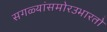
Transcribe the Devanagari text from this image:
सगळ्यांसमोरउभारतो